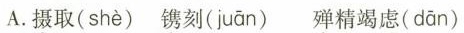
A.摄取( shè )镌刻( juān )殚精竭虑( dān )